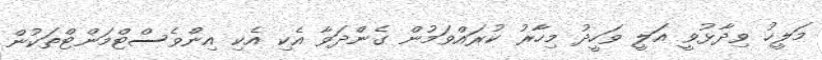
މަލީހު ވިދާޅުވީ އަލީ ވަހީދު މިހާރު ކުރައްވަމުން ގެންދަވާ އެކި އެކި އިންވެސްޓްމަންޓްތަކުން